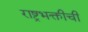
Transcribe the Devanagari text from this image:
राष्ट्रभक्तीची